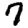
Digit: 7